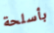
بأسلحة